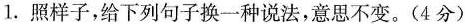
1.照样子，给下列句子换一种说法，意思不变。(4分)